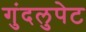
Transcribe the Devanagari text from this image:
गुंदलुपेट